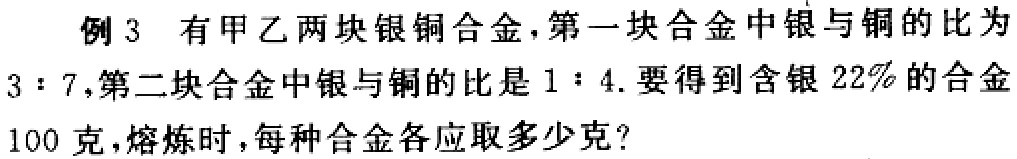
例 3 有甲乙两块银铜合金，第一块合金中银与铜的比为$3:7$，第二块合金中银与铜的比是$1:4$. 要得到含银$22\%$的合金100 克，熔炼时，每种合金各应取多少克？